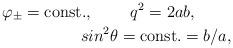
LaTeX: \begin{align*}\varphi_\pm=\mbox{const.},\;\;\;\;\;\;\;\;q^2=2ab,\;\;\;\;\;\;\;\;\\sin^2\theta={\mbox{const.}}=b/a,\end{align*}